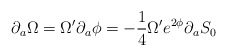
\begin{align*}\partial_{a}\Omega=\Omega'\partial_{a}\phi=-{1\over4}\Omega' e^{2\phi}\partial_{a} S_0\end{align*}